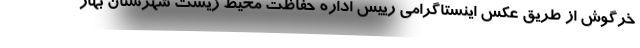
خرگوش از طریق عکس اینستاگرامی رییس اداره حفاظت محیط زیست شهرستان بهار